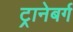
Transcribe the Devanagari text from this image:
ट्रानेबर्ग